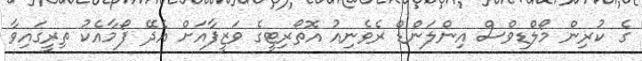
ގެ ކުރިން މޯލްޑިވްސް އިންލަންޑް ރެވެނިއު އޮތޯރިޓީގެ ވަޒީފާއަށް އެދޭ ފޯމާއެކު ތިރީގައިވާ